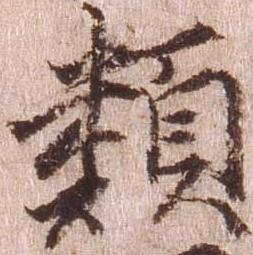
類